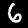
Label: 6